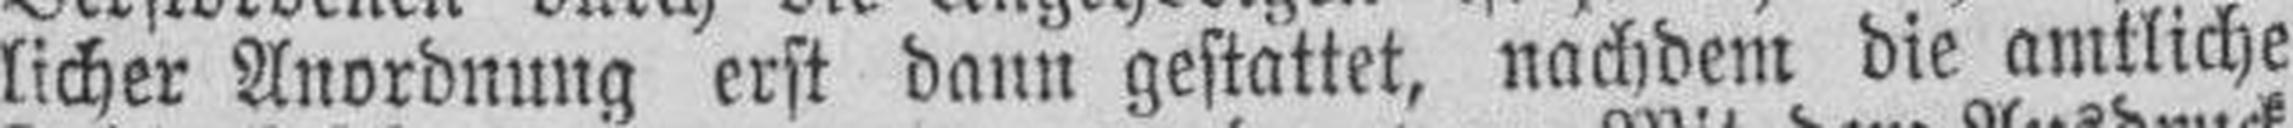
licher Anordnung erst dann gestattet, nachdem die amtliche